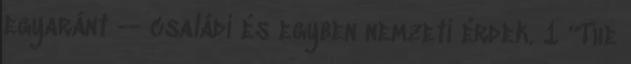
egyaránt -- családi és egyben nemzeti érdek. 1 “The